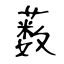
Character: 薮